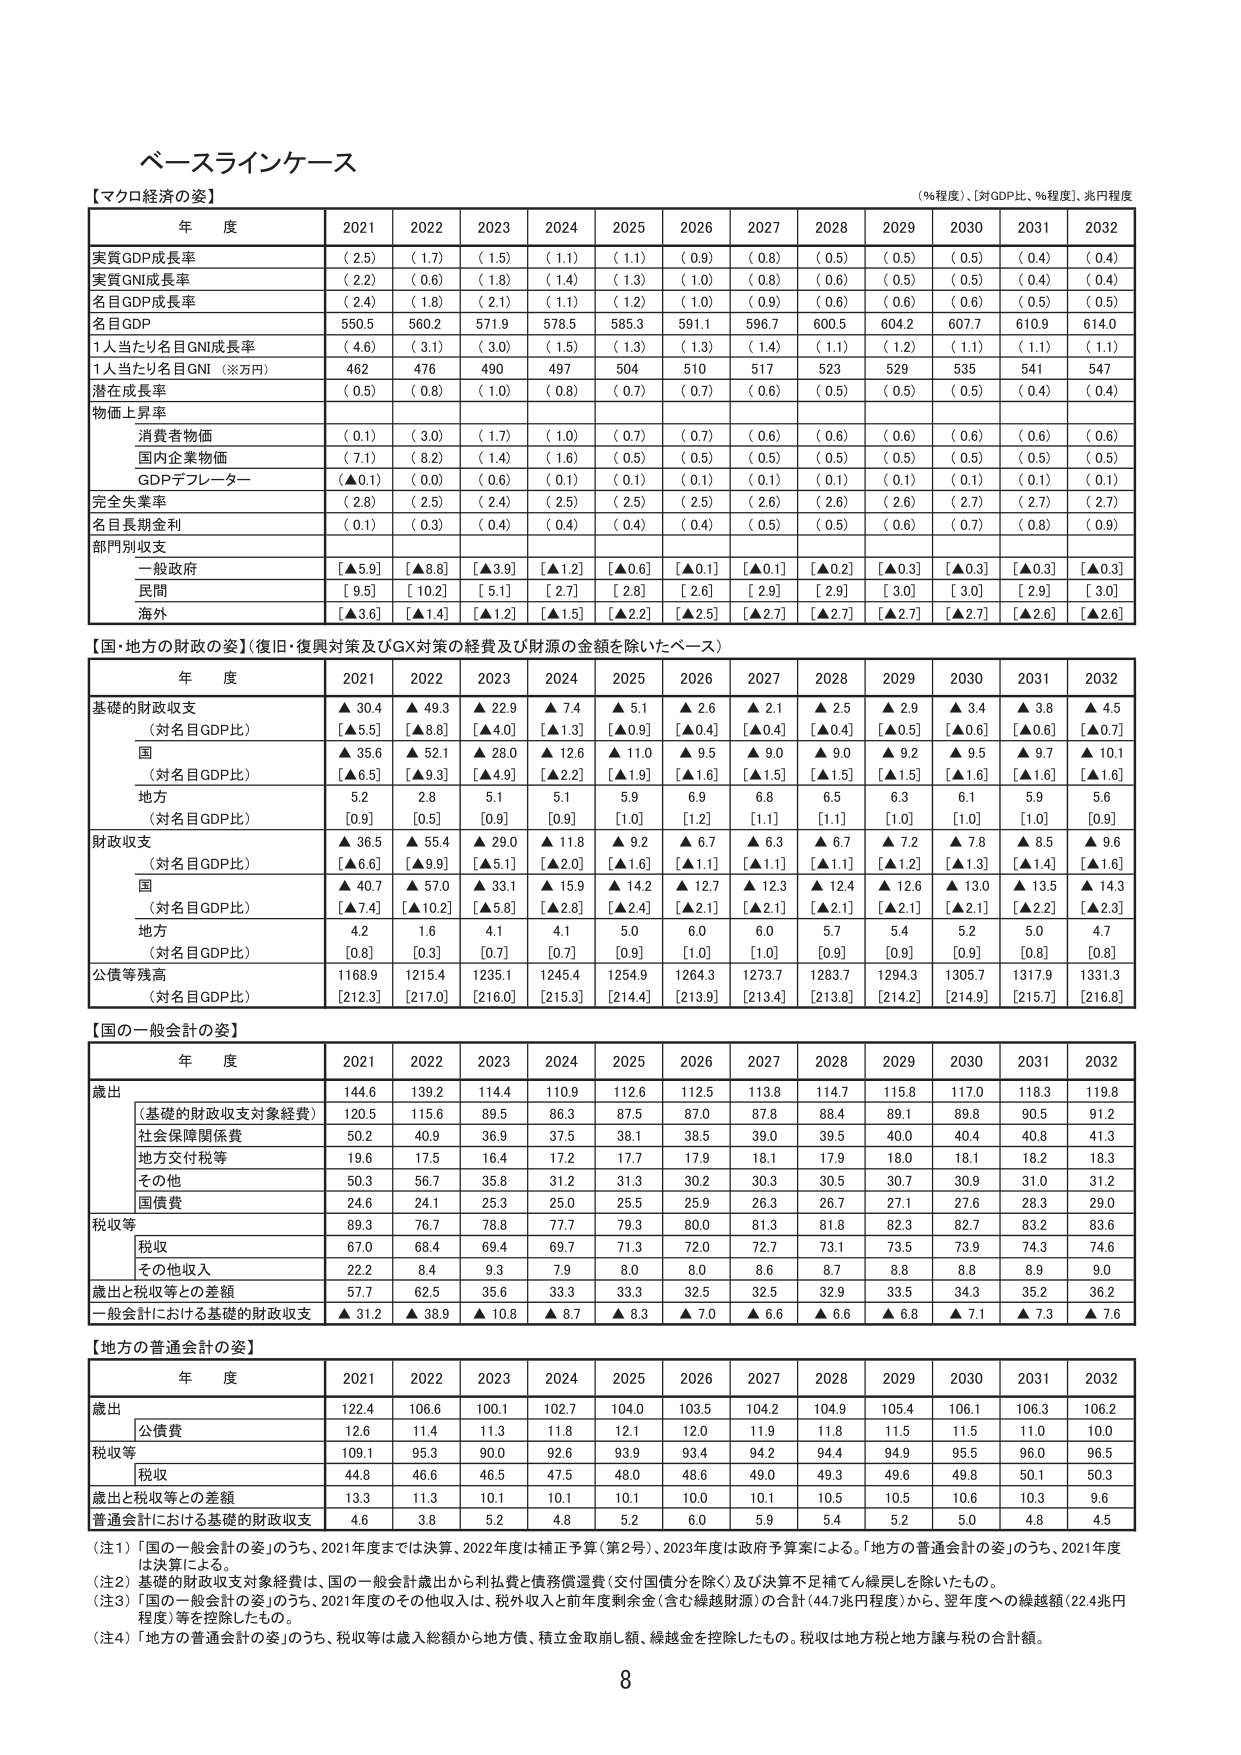
ベースラインケース
【マクロ経済の姿】
（％程度）、［対GDP比、％程度］、兆円程度

年 度 2021 2022 2023 2024 2025 2026 2027 2028 2029 2030 2031 2032
実質GDP成長率 （2.5） （1.7） （1.5） （1.1） （1.1） （0.9） （0.8） （0.5） （0.5） （0.5） （0.4） （0.4）
実質GNI成長率 （2.2） （0.6） （1.8） （1.4） （1.3） （1.0） （0.8） （0.6） （0.5） （0.5） （0.4） （0.4）
名目GDP成長率 （2.4） （1.8） （2.1） （1.1） （1.2） （1.0） （0.9） （0.6） （0.6） （0.6） （0.5） （0.5）
名目GDP 550.5 560.2 571.9 578.5 585.3 591.1 596.7 600.5 604.2 607.7 610.9 614.0
1人当たり名目GNI成長率 （4.6） （3.1） （3.0） （1.5） （1.3） （1.3） （1.4） （1.1） （1.2） （1.1） （1.1） （1.1）
1人当たり名目GNI（※万円） 462 476 490 497 504 510 517 523 529 535 541 547
潜在成長率 （0.5） （0.8） （1.0） （0.8） （0.7） （0.7） （0.6） （0.5） （0.5） （0.5） （0.4） （0.4）
物価上昇率
　消費者物価 （0.1） （3.0） （1.7） （1.0） （0.7） （0.7） （0.6） （0.6） （0.6） （0.6） （0.6） （0.6）
　国内企業物価 （7.1） （8.2） （1.4） （1.6） （0.5） （0.5） （0.5） （0.5） （0.5） （0.5） （0.5） （0.5）
　GDPデフレーター （▲0.1） （0.0） （0.6） （0.1） （0.1） （0.1） （0.1） （0.1） （0.1） （0.1） （0.1） （0.1）
完全失業率 （2.8） （2.5） （2.4） （2.5） （2.5） （2.5） （2.6） （2.6） （2.6） （2.7） （2.7） （2.7）
名目長期金利 （0.1） （0.3） （0.4） （0.4） （0.4） （0.4） （0.5） （0.5） （0.6） （0.7） （0.8） （0.9）
部門別収支
　一般政府 ［▲5.9］ ［▲8.8］ ［▲3.9］ ［▲1.2］ ［▲0.6］ ［▲0.1］ ［▲0.1］ ［▲0.2］ ［▲0.3］ ［▲0.3］ ［▲0.3］ ［▲0.3］
　民間 ［9.5］ ［10.2］ ［5.1］ ［2.7］ ［2.8］ ［2.6］ ［2.9］ ［2.9］ ［3.0］ ［3.0］ ［2.9］ ［3.0］
　海外 ［▲3.6］ ［▲1.4］ ［▲1.2］ ［▲1.5］ ［▲2.2］ ［▲2.5］ ［▲2.7］ ［▲2.7］ ［▲2.7］ ［▲2.7］ ［▲2.6］ ［▲2.6］

【国・地方の財政の姿】（復旧・復興対策及びGX対策の経費及び財源の金額を除いたベース）
年 度 2021 2022 2023 2024 2025 2026 2027 2028 2029 2030 2031 2032
基礎的財政収支 ▲30.4 ▲49.3 ▲22.9 ▲7.4 ▲5.1 ▲2.6 ▲2.1 ▲2.5 ▲2.9 ▲3.4 ▲3.8 ▲4.5
　（対名目GDP比） ［▲5.5］ ［▲8.8］ ［▲4.0］ ［▲1.3］ ［▲0.9］ ［▲0.4］ ［▲0.4］ ［▲0.4］ ［▲0.5］ ［▲0.6］ ［▲0.6］ ［▲0.7］
　国 ▲35.6 ▲52.1 ▲28.0 ▲12.6 ▲11.0 ▲9.5 ▲9.0 ▲9.0 ▲9.2 ▲9.5 ▲9.7 ▲10.1
　　（対名目GDP比） ［▲6.5］ ［▲9.3］ ［▲4.9］ ［▲2.2］ ［▲1.9］ ［▲1.6］ ［▲1.5］ ［▲1.5］ ［▲1.5］ ［▲1.6］ ［▲1.6］ ［▲1.6］
　地方 5.2 2.8 5.1 5.1 5.9 6.9 6.8 6.5 6.3 6.1 5.9 5.6
　　（対名目GDP比） ［0.9］ ［0.5］ ［0.9］ ［0.9］ ［1.0］ ［1.2］ ［1.1］ ［1.1］ ［1.0］ ［1.0］ ［1.0］ ［0.9］
財政収支 ▲36.5 ▲55.4 ▲29.0 ▲11.8 ▲9.2 ▲6.7 ▲6.3 ▲6.7 ▲7.2 ▲7.8 ▲8.5 ▲9.6
　（対名目GDP比） ［▲6.6］ ［▲9.9］ ［▲5.1］ ［▲2.0］ ［▲1.6］ ［▲1.1］ ［▲1.1］ ［▲1.1］ ［▲1.2］ ［▲1.3］ ［▲1.4］ ［▲1.6］
　国 ▲40.7 ▲57.0 ▲33.1 ▲15.9 ▲14.2 ▲12.7 ▲12.3 ▲12.4 ▲12.6 ▲13.0 ▲13.5 ▲14.3
　　（対名目GDP比） ［▲7.4］ ［▲10.2］ ［▲5.8］ ［▲2.8］ ［▲2.4］ ［▲2.1］ ［▲2.1］ ［▲2.1］ ［▲2.1］ ［▲2.1］ ［▲2.2］ ［▲2.3］
　地方 4.2 1.6 4.1 4.1 5.0 6.0 6.0 5.7 5.4 5.2 5.0 4.7
　　（対名目GDP比） ［0.8］ ［0.3］ ［0.7］ ［0.7］ ［0.9］ ［1.0］ ［1.0］ ［0.9］ ［0.9］ ［0.9］ ［0.8］ ［0.8］
公債等残高 1168.9 1215.4 1235.1 1245.4 1254.9 1264.3 1273.7 1283.7 1294.3 1305.7 1317.9 1331.3
　（対名目GDP比） ［212.3］ ［217.0］ ［216.0］ ［215.3］ ［214.4］ ［213.9］ ［213.4］ ［213.8］ ［214.2］ ［214.9］ ［215.7］ ［216.8］

【国の一般会計の姿】
年 度 2021 2022 2023 2024 2025 2026 2027 2028 2029 2030 2031 2032
歳出 144.6 139.2 114.4 110.9 112.6 112.5 113.8 114.7 115.8 117.0 118.3 119.8
　（基礎的財政収支対象経費） 120.5 115.6 89.5 86.3 87.5 87.0 87.8 88.4 89.1 89.8 90.5 91.2
　社会保障関係費 50.2 40.9 36.9 37.5 38.1 38.5 39.0 39.5 40.0 40.4 40.8 41.3
　地方交付税等 19.6 17.5 16.4 17.2 17.7 17.9 18.1 17.9 18.0 18.1 18.2 18.3
　その他 50.3 56.7 35.8 31.2 31.3 30.2 30.3 30.5 30.7 30.9 31.0 31.2
　国債費 24.6 24.1 25.3 25.0 25.5 25.9 26.3 26.7 27.1 27.6 28.3 29.0
税収等 89.3 76.7 78.8 77.7 79.3 80.0 81.3 81.8 82.3 82.7 83.2 83.6
　税収 67.0 68.4 69.4 69.7 71.3 72.0 72.7 73.1 73.5 73.9 74.3 74.6
　その他収入 22.2 8.4 9.3 7.9 8.0 8.0 8.6 8.7 8.8 8.8 8.9 9.0
歳出と税収等との差額 57.7 62.5 35.6 33.3 33.3 32.5 32.5 32.9 33.5 34.3 35.2 36.2
一般会計における基礎的財政収支 ▲31.2 ▲38.9 ▲10.8 ▲8.7 ▲8.3 ▲7.0 ▲6.6 ▲6.6 ▲6.8 ▲7.1 ▲7.3 ▲7.6

【地方の普通会計の姿】
年 度 2021 2022 2023 2024 2025 2026 2027 2028 2029 2030 2031 2032
歳出 122.4 106.6 100.1 102.7 104.0 103.5 104.2 104.9 105.4 106.1 106.3 106.2
　公債費 12.6 11.4 11.3 11.8 12.1 12.0 11.9 11.8 11.5 11.5 11.0 10.0
税収等 109.1 95.3 90.0 92.6 93.9 93.4 94.2 94.4 94.9 95.5 96.0 96.5
　税収 44.8 46.6 46.5 47.5 48.0 48.6 49.0 49.3 49.6 49.8 50.1 50.3
歳出と税収等との差額 13.3 11.3 10.1 10.1 10.1 10.0 10.1 10.5 10.5 10.6 10.3 9.6
普通会計における基礎的財政収支 4.6 3.8 5.2 4.8 5.2 6.0 5.9 5.4 5.2 5.0 4.8 4.5

（注1）「国の一般会計の姿」のうち、2021年度までは決算、2022年度は補正予算（第2号）、2023年度は政府予算案による。「地方の普通会計の姿」のうち、2021年度は決算による。
（注2）基礎的財政収支対象経費は、国の一般会計歳出から利払費と債務償還費（交付国債分を除く）及び決算不足補てん繰戻しを除いたもの。
（注3）「国の一般会計の姿」のうち、2021年度のその他収入は、税外収入と前年度剰余金（含む繰越財源）の合計（44.7兆円程度）から、翌年度への繰越額（22.4兆円程度）等を控除したもの。
（注4）「地方の普通会計の姿」のうち、税収等は歳入総額から地方債、積立金取崩し額、繰越金を控除したもの。税収は地方税と地方譲与税の合計額。

8